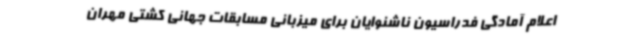
اعلام آمادگی فدراسیون ناشنوایان برای میزبانی مسابقات جهانی کشتی مهران